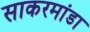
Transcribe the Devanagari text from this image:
साकरमांडा